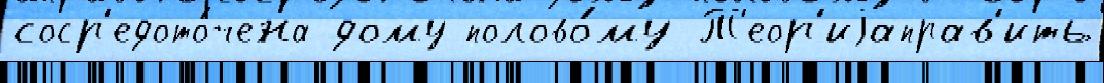
соср'едото́чена дому полово́му Т'еор'иjаправ'ить